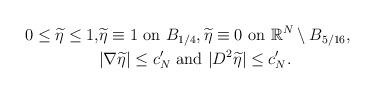
LaTeX: \begin{align*}0\le \widetilde \eta\le 1,&\widetilde \eta\equiv 1 \mbox{ on } B_{1/4}, \widetilde \eta\equiv 0 \mbox{ on } \mathbb{R}^N\setminus B_{5/16},\\ & |\nabla \widetilde\eta|\le c_N' \mbox{ and }|D^2\widetilde\eta|\leq c_N'.\end{align*}